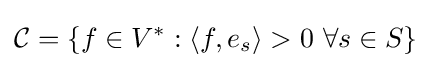
{\mathcal {C}}=\{f\in V^{*}:\langle f,e_{s}\rangle >0\ \forall s\in S\}